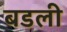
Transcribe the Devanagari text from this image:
बडली